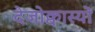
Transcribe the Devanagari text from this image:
देजोक्वास्यों